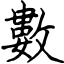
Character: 數